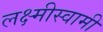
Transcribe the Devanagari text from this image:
लक्ष्मीस्वामी